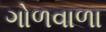
ગોળવાળા